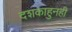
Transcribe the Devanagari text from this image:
दशकाहुनही